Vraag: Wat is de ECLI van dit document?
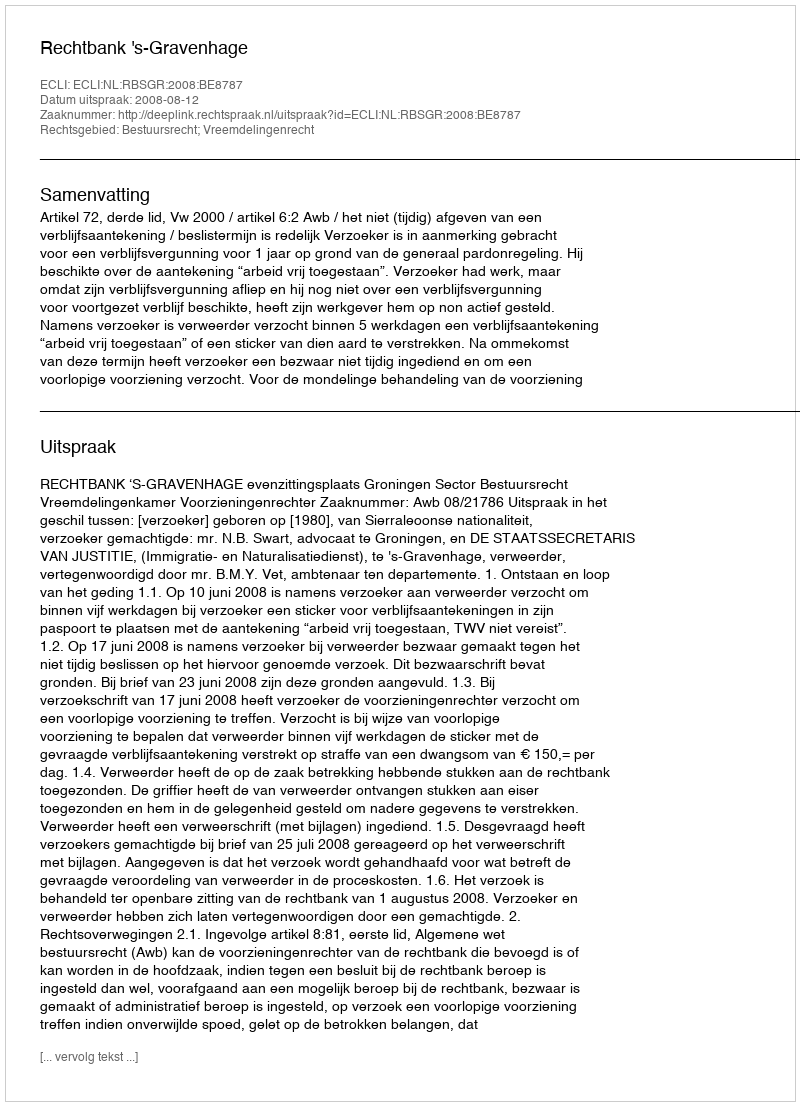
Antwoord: ECLI:NL:RBSGR:2008:BE8787